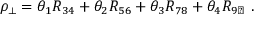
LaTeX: \rho _ { \perp } = \theta _ { 1 } R _ { 3 4 } + \theta _ { 2 } R _ { 5 6 } + \theta _ { 3 } R _ { 7 8 } + \theta _ { 4 } R _ { 9 \natural } ~ .